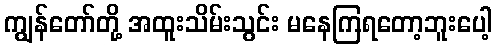
ကျွန်တော်တို့ အထူးသိမ်းသွင်း မနေကြရတော့ဘူးပေါ့